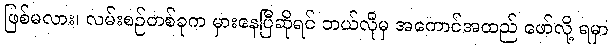
ဖြစ်မလား၊ လမ်းစဉ်တစ်ခုက မှားနေပြီဆိုရင် ဘယ်လိုမှ အကောင်အထည် ဖော်လို့ ရမှာ